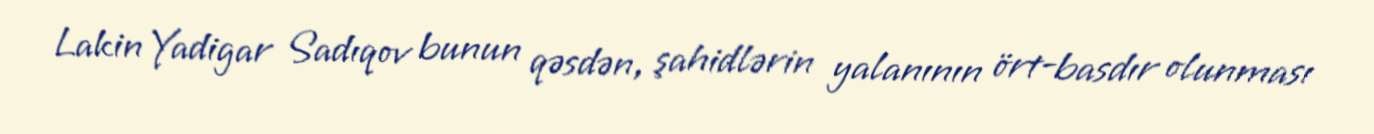
Lakin Yadigar Sadıqov bunun qəsdən, şahidlərin yalanının ört-basdır olunması